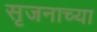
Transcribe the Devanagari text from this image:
सृजनाच्या